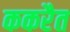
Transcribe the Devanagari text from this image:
ककरैत